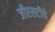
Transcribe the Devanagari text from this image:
जीएसटीचे